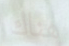
هناك